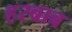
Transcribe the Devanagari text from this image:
हरबाब